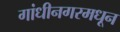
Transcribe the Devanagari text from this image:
गांधीनगरमधून